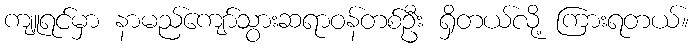
ကျူရင်မှာ နာမည်ကျော်သွားဆရာဝန်တစ်ဦး ရှိတယ်လို့ ကြားရတယ်။